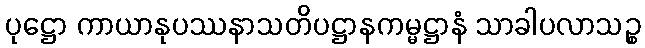
ပုဋ္ဌော ကာယာနုပဿနာသတိပဋ္ဌာနကမ္မဋ္ဌာနံ သာခါပလာသဉ္စ